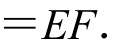
$=EF.$